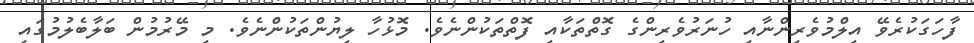
ފާހަގަކުރެވޭ އިލްމުވެރިންނާއި ހުނަރުވެރިންގެ ގޮތްތަކާއި ފޮތްތަކުންނެވެ. މޮޅުހާ ލިޔުންތަކުންނެވެ. މި މޭރުމުން ބަލާބެލުމުގައި